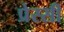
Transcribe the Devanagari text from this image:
प्रेस्सी